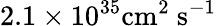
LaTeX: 2.1\times 10^{35}\mathrm{{cm}^{2}\ \mathrm{{s}^{-1}}}